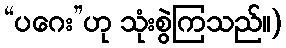
“ပဂေး”ဟု သုံးစွဲကြသည်။)